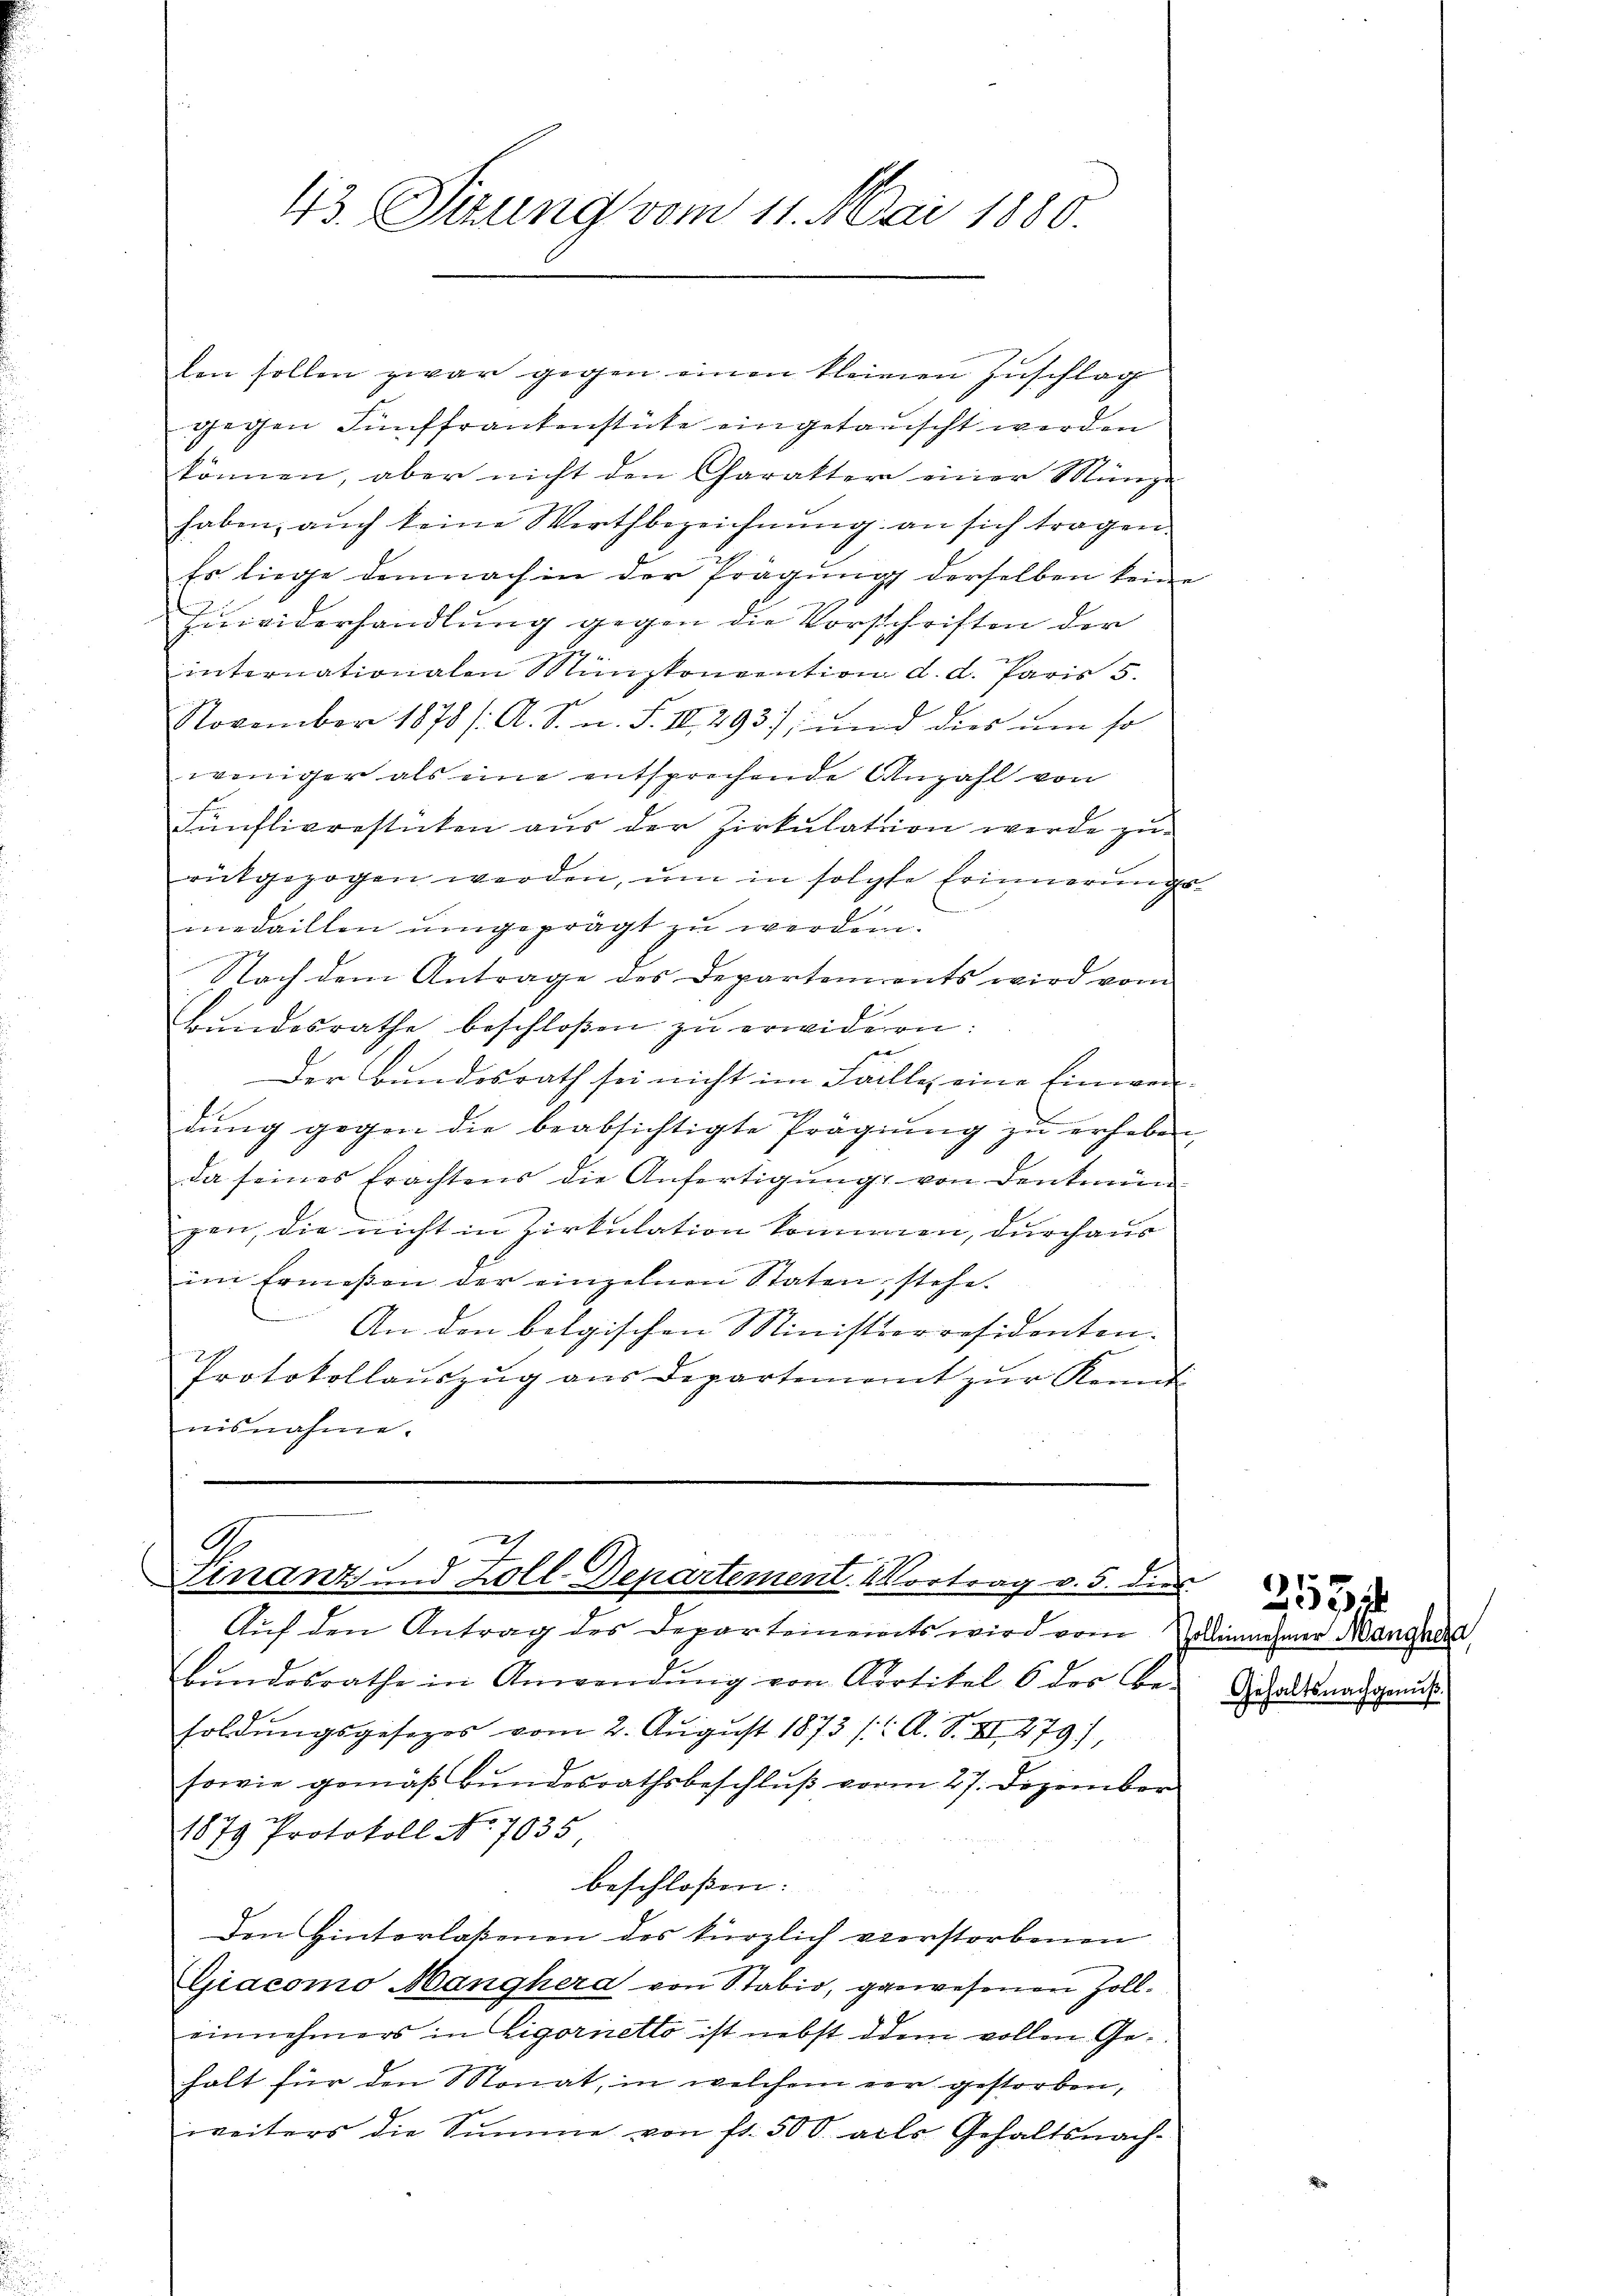
43. Sizung vom 11. Mai 1880.

len sollen zwar gegen einen kleinen Zuschlag
gegen Fünffrankenstüke eingetauscht werden
können, aber nicht den Charakter einer Münze
haben, auch keine Werthbezeichnung an sich tragen.
Es liege demnach in der Prägung derselben keine
Eiwiderhandlung gegen die Vorschriften der
internationalen Münzkonvention d. d. Paris 5.
November 1878 / A. S. n. F. III 293), und dies um so
weniger als eine entsprechende Anzahl von
Fünflivrestaten aus der Zirkulation werde zu-
rütgezogen werden, um in solche Erinnerungsmedaillen umgeprägt zu werden.
Nach dem Antrage des Departements wird vom
Bundesrathe beschloßen zu erwidern:
er
Der Bundesrath sei nicht im Falle, eine Einwendŭng gegen die beabsichtigte Prägiŭng zŭ erheben,
da seines Erachtens die Anfertigŭng von denkmün
n
gen, die nicht in Zirkulation kommen, durchaus
im Ermessen der einzelnen Staten, stehe.
An den belgischen Ministerresidenten-
Protokollauszug aus Departement zŭr Kennt
nisnahme.

G
Finanz und Zoll-Departement. Vortrag v. 5. dies

Aŭf den Antrag des Departeinamts wird vom innehmer Mangedes
bŭndesrathe in Anwendŭng von Kortikel 6 der Be-
soldŭngsgesezes vom 2. Aŭgŭst 1873 /: A. S. XI 279),
sowie gemäß Bundesrathsbeschluß vom 27. Dezember
1879 Protokoll No 7035
beschlossen:
Den Hinterlaßenen des kürzlich verstorbenen
Giacomo Manghera von Stabio, gewesenen Zolleinnehmers in Eigornetto ist nebst dem vollen Gehalt für den Monat, in welchem eer gestorben,
weiters die Summe von fl. 500. als Gehaltsnach-

Gehaltsnachgenuß.

255